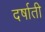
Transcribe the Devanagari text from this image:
दर्षाती